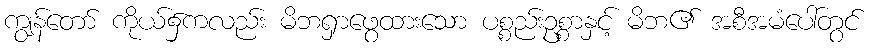
ကျွန်တော် ကိုယ်၌ကလည်း မိဘရှာဖွေထားသော ပစ္စည်းဥစ္စာနှင့် မိဘ၏ အစီအမံပေါ်တွင်